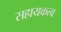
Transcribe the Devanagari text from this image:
सहायकत्व